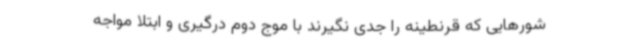
شورهایی که قرنطینه را جدی نگیرند با موج دوم درگیری و ابتلا مواجه